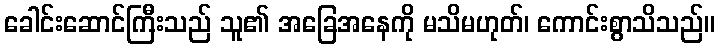
ခေါင်းဆောင်ကြီးသည် သူ၏ အခြေအနေကို မသိမဟုတ်၊ ကောင်းစွာသိသည်။